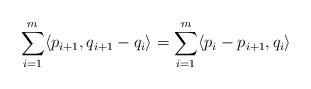
LaTeX: \begin{align*}\sum_{i=1}^m \langle p_{i+1}, q_{i+1} - q_i\rangle = \sum_{i=1}^m \langle p_{i} - p_{i+1}, q_i\rangle\end{align*}